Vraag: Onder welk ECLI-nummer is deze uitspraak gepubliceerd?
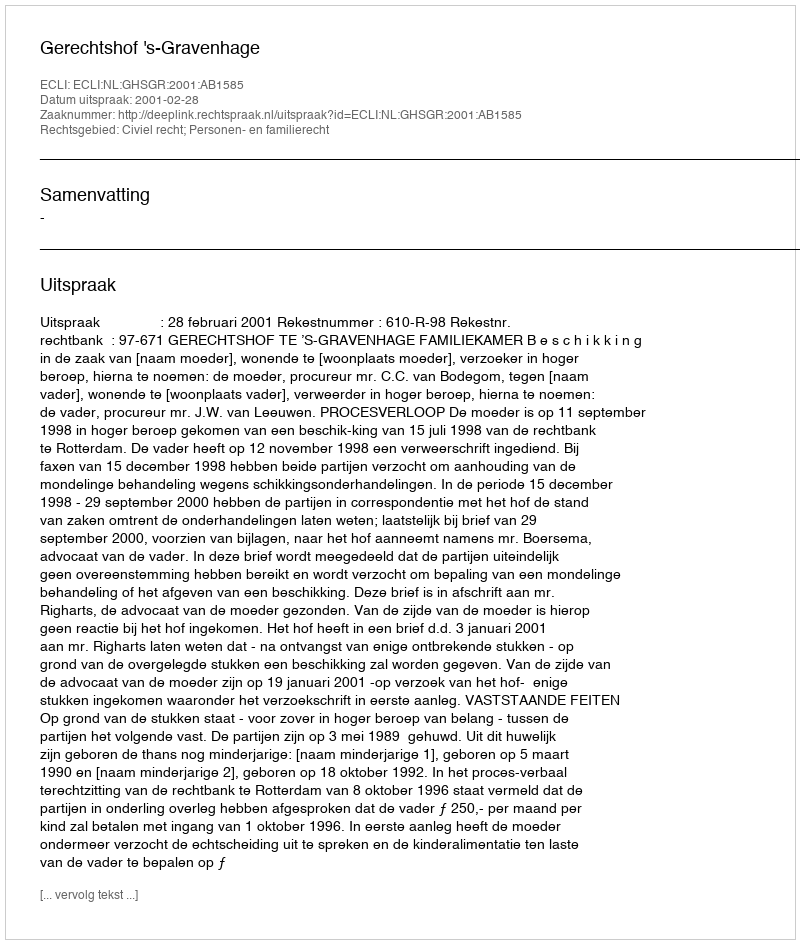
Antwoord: ECLI:NL:GHSGR:2001:AB1585